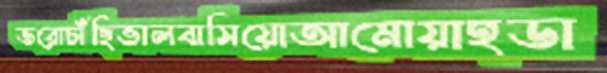
ভরোচাঁছিভালবাসিয়োআমোয়াহডা